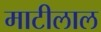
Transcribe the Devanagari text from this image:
माटीलाल